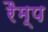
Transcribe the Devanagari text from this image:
रैम्‍प